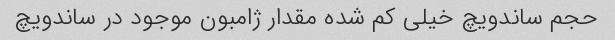
حجم ساندویچ خیلی کم شده مقدار ژامبون موجود در ساندویچ